Annual report on the health of the army in India
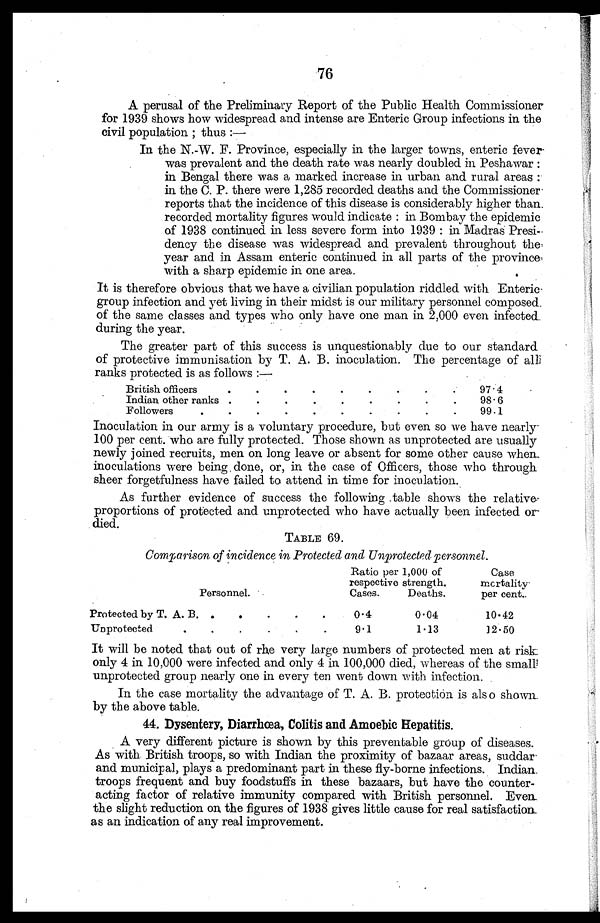
76
A perusal of the Preliminary Report of the Public Health Commissioner
for 1939 shows how widespread and intense are Enteric Group infections in the
civil population ; thus :
—
In the N.-W. F. Province, especially in the larger towns, enteric fever
was prevalent and the death rate was nearly doubled in Peshawar :
in Bengal there was a marked increase in urban and rural areas
in the C. P. there were 1,285 recorded deaths and the Commissioner
reports that the incidence of this disease is considerably higher than
recorded mortality figures would indicate : in Bombay the epidemic
of 1938 continued in less severe form into 1939 : in Madras Presi-
dency the disease was widespread and prevalent throughout the
year and in Assam enteric continued in all parts of the province
with a sharp epidemic in one area.
It is therefore obvious that we have a civilian population riddled with Enteric
group infection and yet living in their midst is our military personnel composed
of the same classes and types who only have one man in 2,000 even infected
during the year.
The greater part of this success is unquestionably due to our standard
of protective immunisation by T. A. B. inoculation. The percentage of al
l
ranks protected is as follows :—
British officers . . .
97.4
Indian other ranks . . .
98.6
Followers . . .
99.1
Inoculation in our army is a voluntary procedure, but even so we have nearly
100 per cent who are fully protected. Those shown as unprotected are usually
newly joined recruits, men on long leave or absent for some other cause when
inoculations were being done, or, in the case of Officers, those who through
sheer forgetfulness have failed to attend in time for inoculation.
As further evidence of success the following table shows the relative
proportions of protected and unprotected who have actually been infected or
died.
TABLE 69.
Comparison of incidence in Protected and Unprotected personnel.
Ratio per 1,000 of
respective strength.
Case
mortality
per cent.
Personnel.
Cases.
Deaths.
Protected by T. A. B. . . .
0.4
0.04
10.42
Unprotected . . .
9.1
1.13
12.50
It will be noted that out of the very large numbers of protected men at risk
only 4 in 10,000 were infected and only 4 in 100,000 died, whereas of the small
unprotected group nearly one in every ten went down with infection.
In the case mortality the advantage of T. A. B. protection is also shown
by the above table.
44. Dysentery, Diarrhœa, Colitis and Amoebic Hepatitis.
A very different picture is shown by this preventable group of diseases.
As with British troops, so with Indian the proximity of bazaar areas, suddar
and municipal, plays a predominant part in these fly-borne infections. Indian
troops frequent and buy foodstuffs in these bazaars, but have the counter
-
acting factor of relative immunity compared with British personnel. Even
the slight reduction on the figures of 1938 gives little cause for real satisfaction
as an indication of any real improvement.